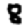
Digit: 8